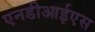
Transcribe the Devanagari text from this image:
एनडीआईएस